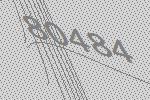
80484